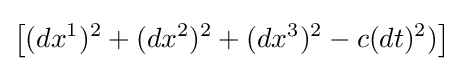
\left[(dx^{1})^{2}+(dx^{2})^{2}+(dx^{3})^{2}-c(dt)^{2})\right]